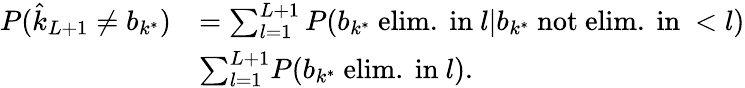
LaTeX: \begin{array}{rl}{P(\hat{k}_{L+1}\ne b_{k^{*}})}&{=\sum_{l=1}^{L+1}P(b_{k^{*}}\mathrm{~elim.~in~}l|b_{k^{*}}\mathrm{~not~elim.~in~}<l)}\\ &{\le\sum_{l=1}^{L+1}P(b_{k^{*}}\mathrm{~elim.~in~}l).}\end{array}